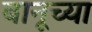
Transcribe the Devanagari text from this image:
बानूच्या